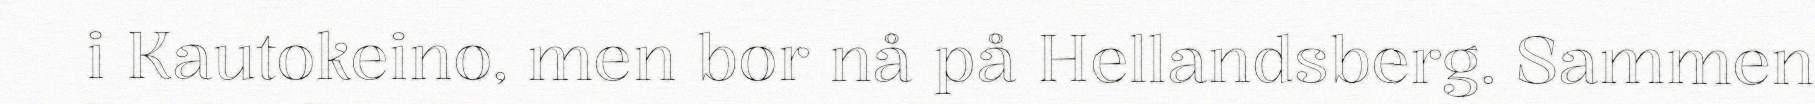
i Kautokeino, men bor nå på Hellandsberg. Sammen